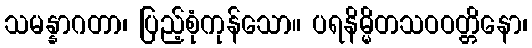
သမန္နာဂတာ၊ ပြည့်စုံကုန်သော။ ပရနိမ္မိတသဝဝတ္တိနော၊